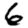
Digit: 6